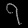
Digit: ၇